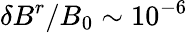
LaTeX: \delta B^{r}/B_{0}\sim 10^{-6}